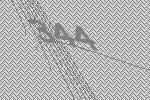
344